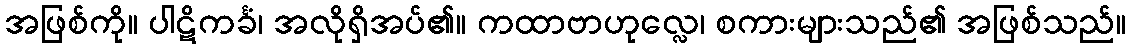
အဖြစ်ကို။ ပါဋိကင်္ခံ၊ အလိုရှိအပ်၏။ ကထာဗာဟုလ္လေ၊ စကားများသည်၏ အဖြစ်သည်။